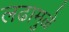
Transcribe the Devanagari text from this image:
लढामुळे